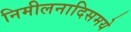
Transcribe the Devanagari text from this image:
निमीलनादिसमये